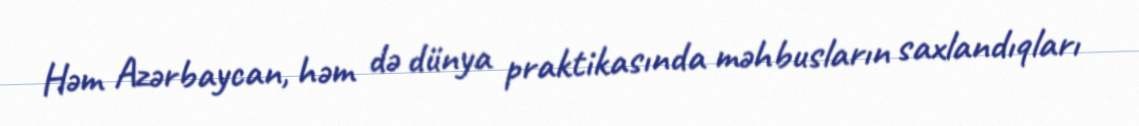
Həm Azərbaycan, həm də dünya praktikasında məhbusların saxlandıqları